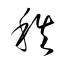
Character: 秩